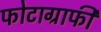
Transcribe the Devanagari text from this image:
फोटाग्राफी